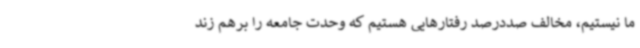
ما نیستیم، مخالف صددرصد رفتارهایی هستیم که وحدت جامعه را برهم زند